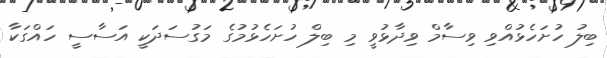
ބިލު ހުށަހެޅުއްވި ވިސާމް ވިދާޅުވީ މި ބިލް ހުށަހެޅުމުގެ މަގުސަދަކީ އަސާސީ ހައްގަކާ